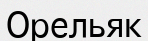
Орельяк